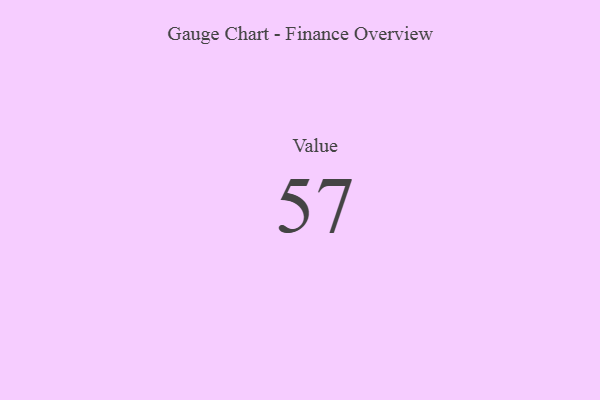
{"axis": {"x": "Metric", "y": "Value"}, "legend": [""], "data": [{"x": "Value", "y": 57, "type": ""}]}